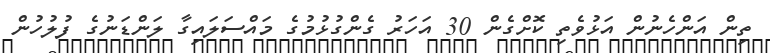
ތިން އަންހެނުން އަޅުވެތި ކޮށްގެން 30 އަހަރު ގެންގުޅުމުގެ މައްސަލައިގާ ލަންޑަނުގެ ފުލުހުން